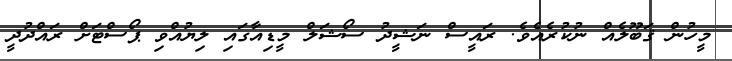
މީހުން ޤަބޫލެއް ނުކުރެއެވެ. ރައީސް ނަޝީދު ސޯޝަލް މީޑިއާގައި ލިޔުއްވި ޕޯސްޓަށް ރައްދުދީ